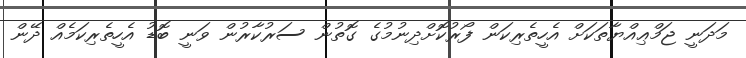
މަދަނީ ޖަމްޢިއްޔާތަކަށް އެހީތެރިކަން ފޯރުކޮށްދިނުމުގެ ގޮތުން ސަރުކާރުން ވަނީ ބޮޑު އެހީތެރިކަމެއް ދޭން